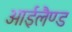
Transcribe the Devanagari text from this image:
आईलैण्‍ड